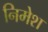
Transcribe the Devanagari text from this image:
निमेश